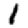
Digit: 1